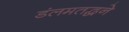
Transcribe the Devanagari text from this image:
डंलमतद्धने